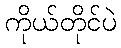
ကိုယ်တိုင်ပဲ